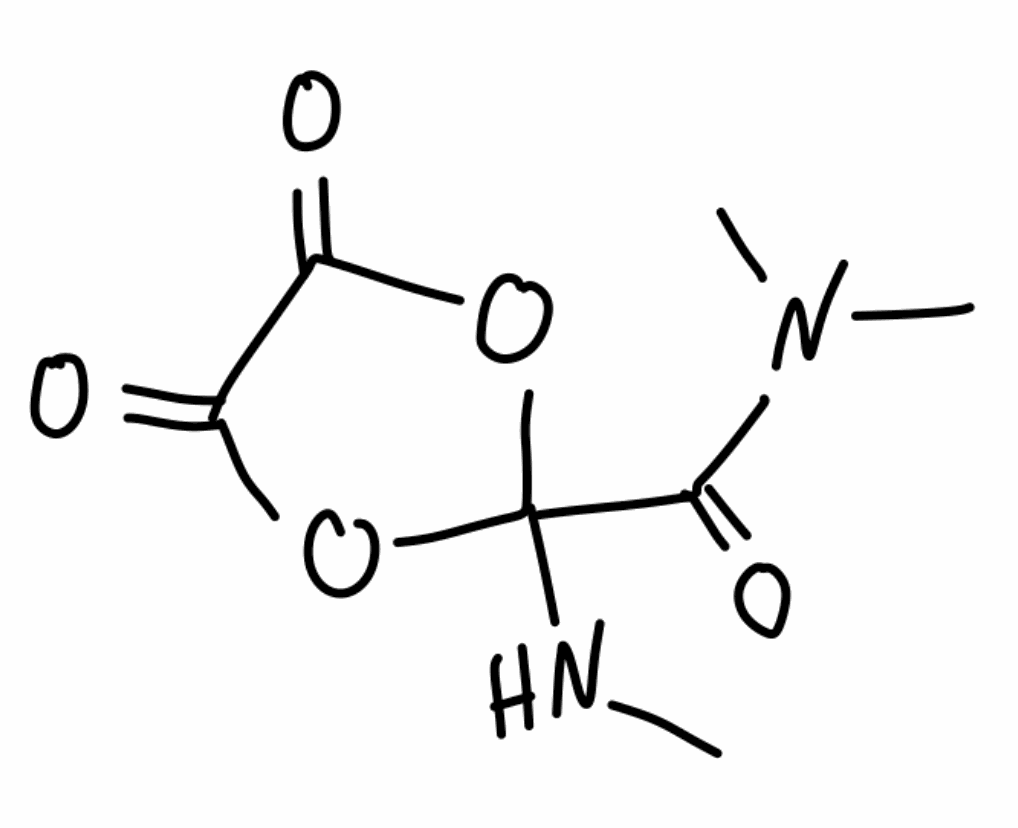
Simplified molecular-input line-entry system (SMILES) notation of the given molecule:
CNC1(OC(=O)C(=O)O1)C(=O)N(C)C